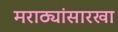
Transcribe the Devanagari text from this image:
मराठ्यांसारखा